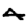
Digit: 4